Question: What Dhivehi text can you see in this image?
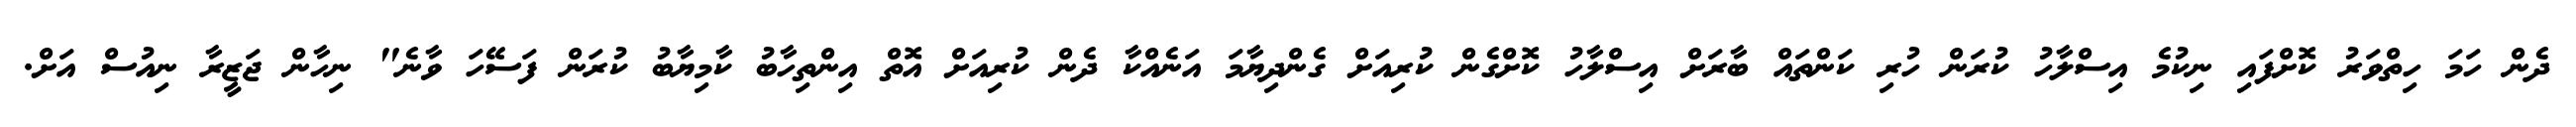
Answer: ދެން ހަމަ ހިތްވަރު ކޮށްފައި ނިކުމެ އިސްލާހު ކުރަން ހުރި ކަންތައް ބާރަށް އިސްލާހު ކޮށްގެން ކުރިއަށް ގެންދިޔާމަ އަނެއްކާ ދެން ކުރިއަށް އޮތް އިންތިހާބު ކާމިޔާބު ކުރަން ފަސޭހަ ވާނެ" ނިހާން ޖަޒީރާ ނިއުސް އަށް.